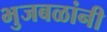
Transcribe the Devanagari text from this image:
भुजबळांनी